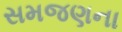
સમજણના